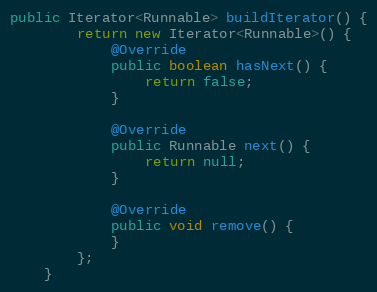
Language: Java
public Iterator<Runnable> buildIterator() {
		return new Iterator<Runnable>() {
			@Override
			public boolean hasNext() {
				return false;
			}

			@Override
			public Runnable next() {
				return null;
			}

			@Override
			public void remove() {
			}
		};
	}